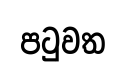
පටුවත